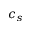
c _ { s }